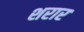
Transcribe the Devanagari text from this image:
शरार